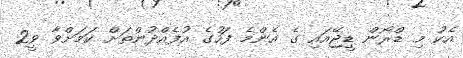
އެކު މި ޑްރޯން ޑީޖޭއައި ގެ އެންމެ ފަހުގެ އުފެއްދުންތަށް ކަމަށްވާ ވީ2